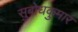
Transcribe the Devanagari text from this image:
सुबोधकुमार